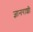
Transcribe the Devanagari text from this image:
ज्ञानराशी